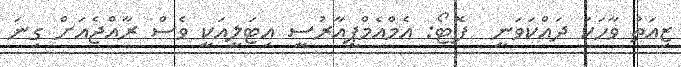
ޒިއަތު ވާހަކަ ދައްކަވަނީ  ފޮޓޯ: އެމްއެމްޕީއާރުސީ އިޓަލީއަކީ ވެސް ރާއްޖެއަށް ގިނަ